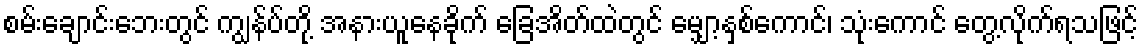
စမ်းချောင်းဘေးတွင် ကျွန်ပ်တို့ အနားယူနေခိုက် ခြေအိတ်ထဲတွင် မျှော့နှစ်ကောင်၊ သုံးကောင် တွေ့လိုက်ရသဖြင့်